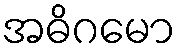
အဓိဂမော